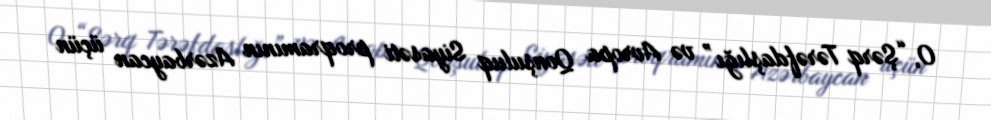
O, “Şərq Tərəfdaşlığı” və Avropa Qonşuluq Siyasəti proqramının Azərbaycan üçün